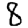
Digit: 8